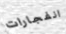
انفجارات